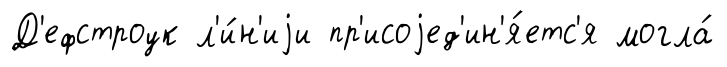
Д'ефстроук л'и́н'иjи пр'исоjед'ин'я́етс'я могла́